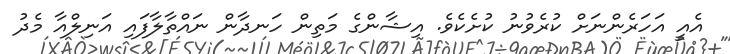
އެއީ އަހަރެންނަށް ކުރެވުނު ކުށެކެވެ. އިޝާންގެ މަތިން ހަނދާން ނައްތާލާފައި އަނިލްއާ މެދު